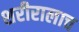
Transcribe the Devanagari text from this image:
शरीरालाच